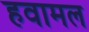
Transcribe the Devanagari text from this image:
हवामल